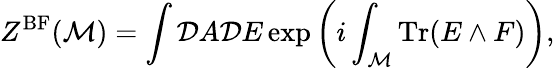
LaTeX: Z^{\mathrm{BF}}({\cal M})=\int{\cal D}A{\cal D}E\exp\left(i\int_{\cal M}\mathrm{Tr}(E\wedge F)\right),